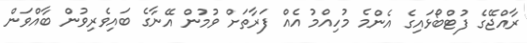
ރާއްޖޭގެ ފުޓްބޯޅައިގެ އެންމެ މުހިއްމު އެއް ފަރާތަށް ވުމުން އޭނާގެ ބައިވެރިވުން ބާއްވަން